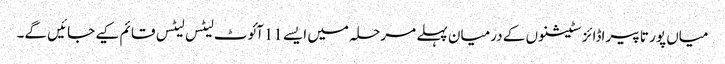
میاں پور تا پیراڈائز سٹیشنوں کے درمیان پہلے مرحلہ میں ایسے 11آئوٹ لیٹس لیٹس قائم کیے جائیں گے۔